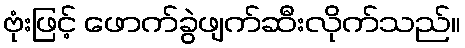
ဗုံးဖြင့် ဖောက်ခွဲဖျက်ဆီးလိုက်သည်။